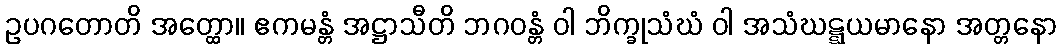
ဥပဂတောတိ အတ္ထော။ ဧကမန္တံ အဋ္ဌာသီတိ ဘဂဝန္တံ ဝါ ဘိက္ခုသံဃံ ဝါ အသံဃဋ္ဋယမာနော အတ္တနော